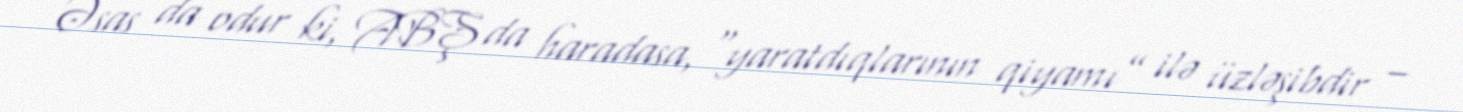
Əsas da odur ki, ABŞ da haradasa, “yaratdıqlarının qiyamı” ilə üzləşibdir –